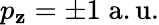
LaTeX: p_{\mathbf{z}}=\pm1\; \mathrm{{a.u.}}